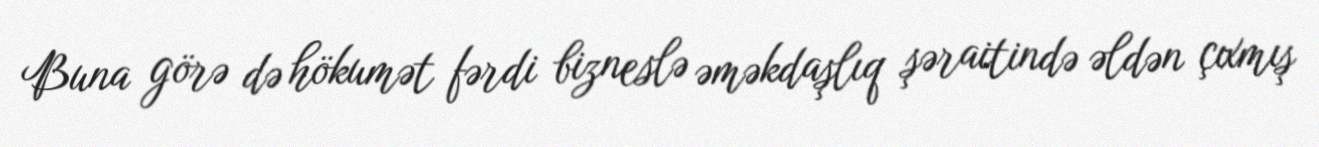
Buna görə də hökumət fərdi bizneslə əməkdaşlıq şəraitində əldən çıxmış